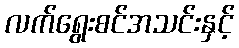
လက်ရွေးစင်အသင်းနှင့်